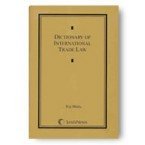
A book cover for Dictionary of International Trade Law; Raj Bhala; Law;